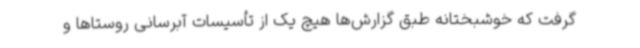
گرفت که خوشبختانه طبق گزارش‌ها هیچ یک از تأسیسات آبرسانی روستاها و